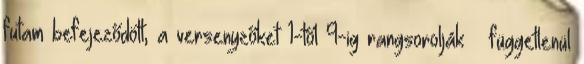
futam befejeződött, a versenyzőket 1-től 9-ig rangsorolják – függetlenül